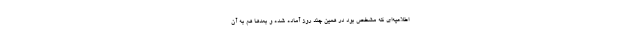
اطلاعیه‌ای که مشخص بود در همین چند روز آماده شده و بعد‌ها هم به آن